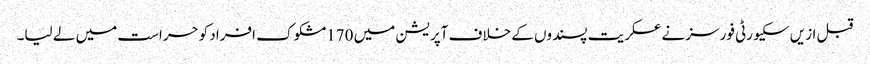
قبل ازیں سکیورٹی فورسز نے عسکریت پسندوں کے خلاف آپریشن میں 170مشکوک افراد کوحراست میں لے لیا۔